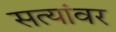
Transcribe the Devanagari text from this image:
सत्यांवर